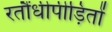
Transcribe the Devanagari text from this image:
रतौंधीपीड़ितों